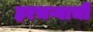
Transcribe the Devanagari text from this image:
हरभऱ्याची